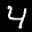
Label: 4